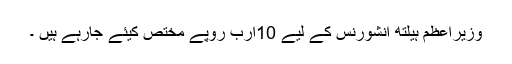
وزیراعظم ہیلتھ انشورنس کے لیے 10ارب روپے مختص کیئے جارہے ہیں ۔